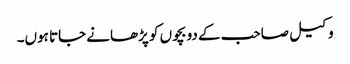
وکیل صاحب کے دو بچوں کو پڑھانے جاتا ہوں۔